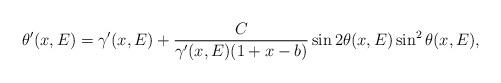
LaTeX: \begin{align*}\theta^\prime(x,E)=\gamma^\prime(x,E)+\frac{C}{\gamma^\prime(x,E) (1+x-b)}\sin2\theta(x,E)\sin^2\theta(x,E),\end{align*}